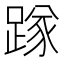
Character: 䠔